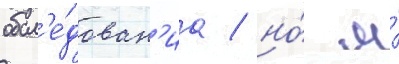
обсл'е́дован'иа / но́ я́